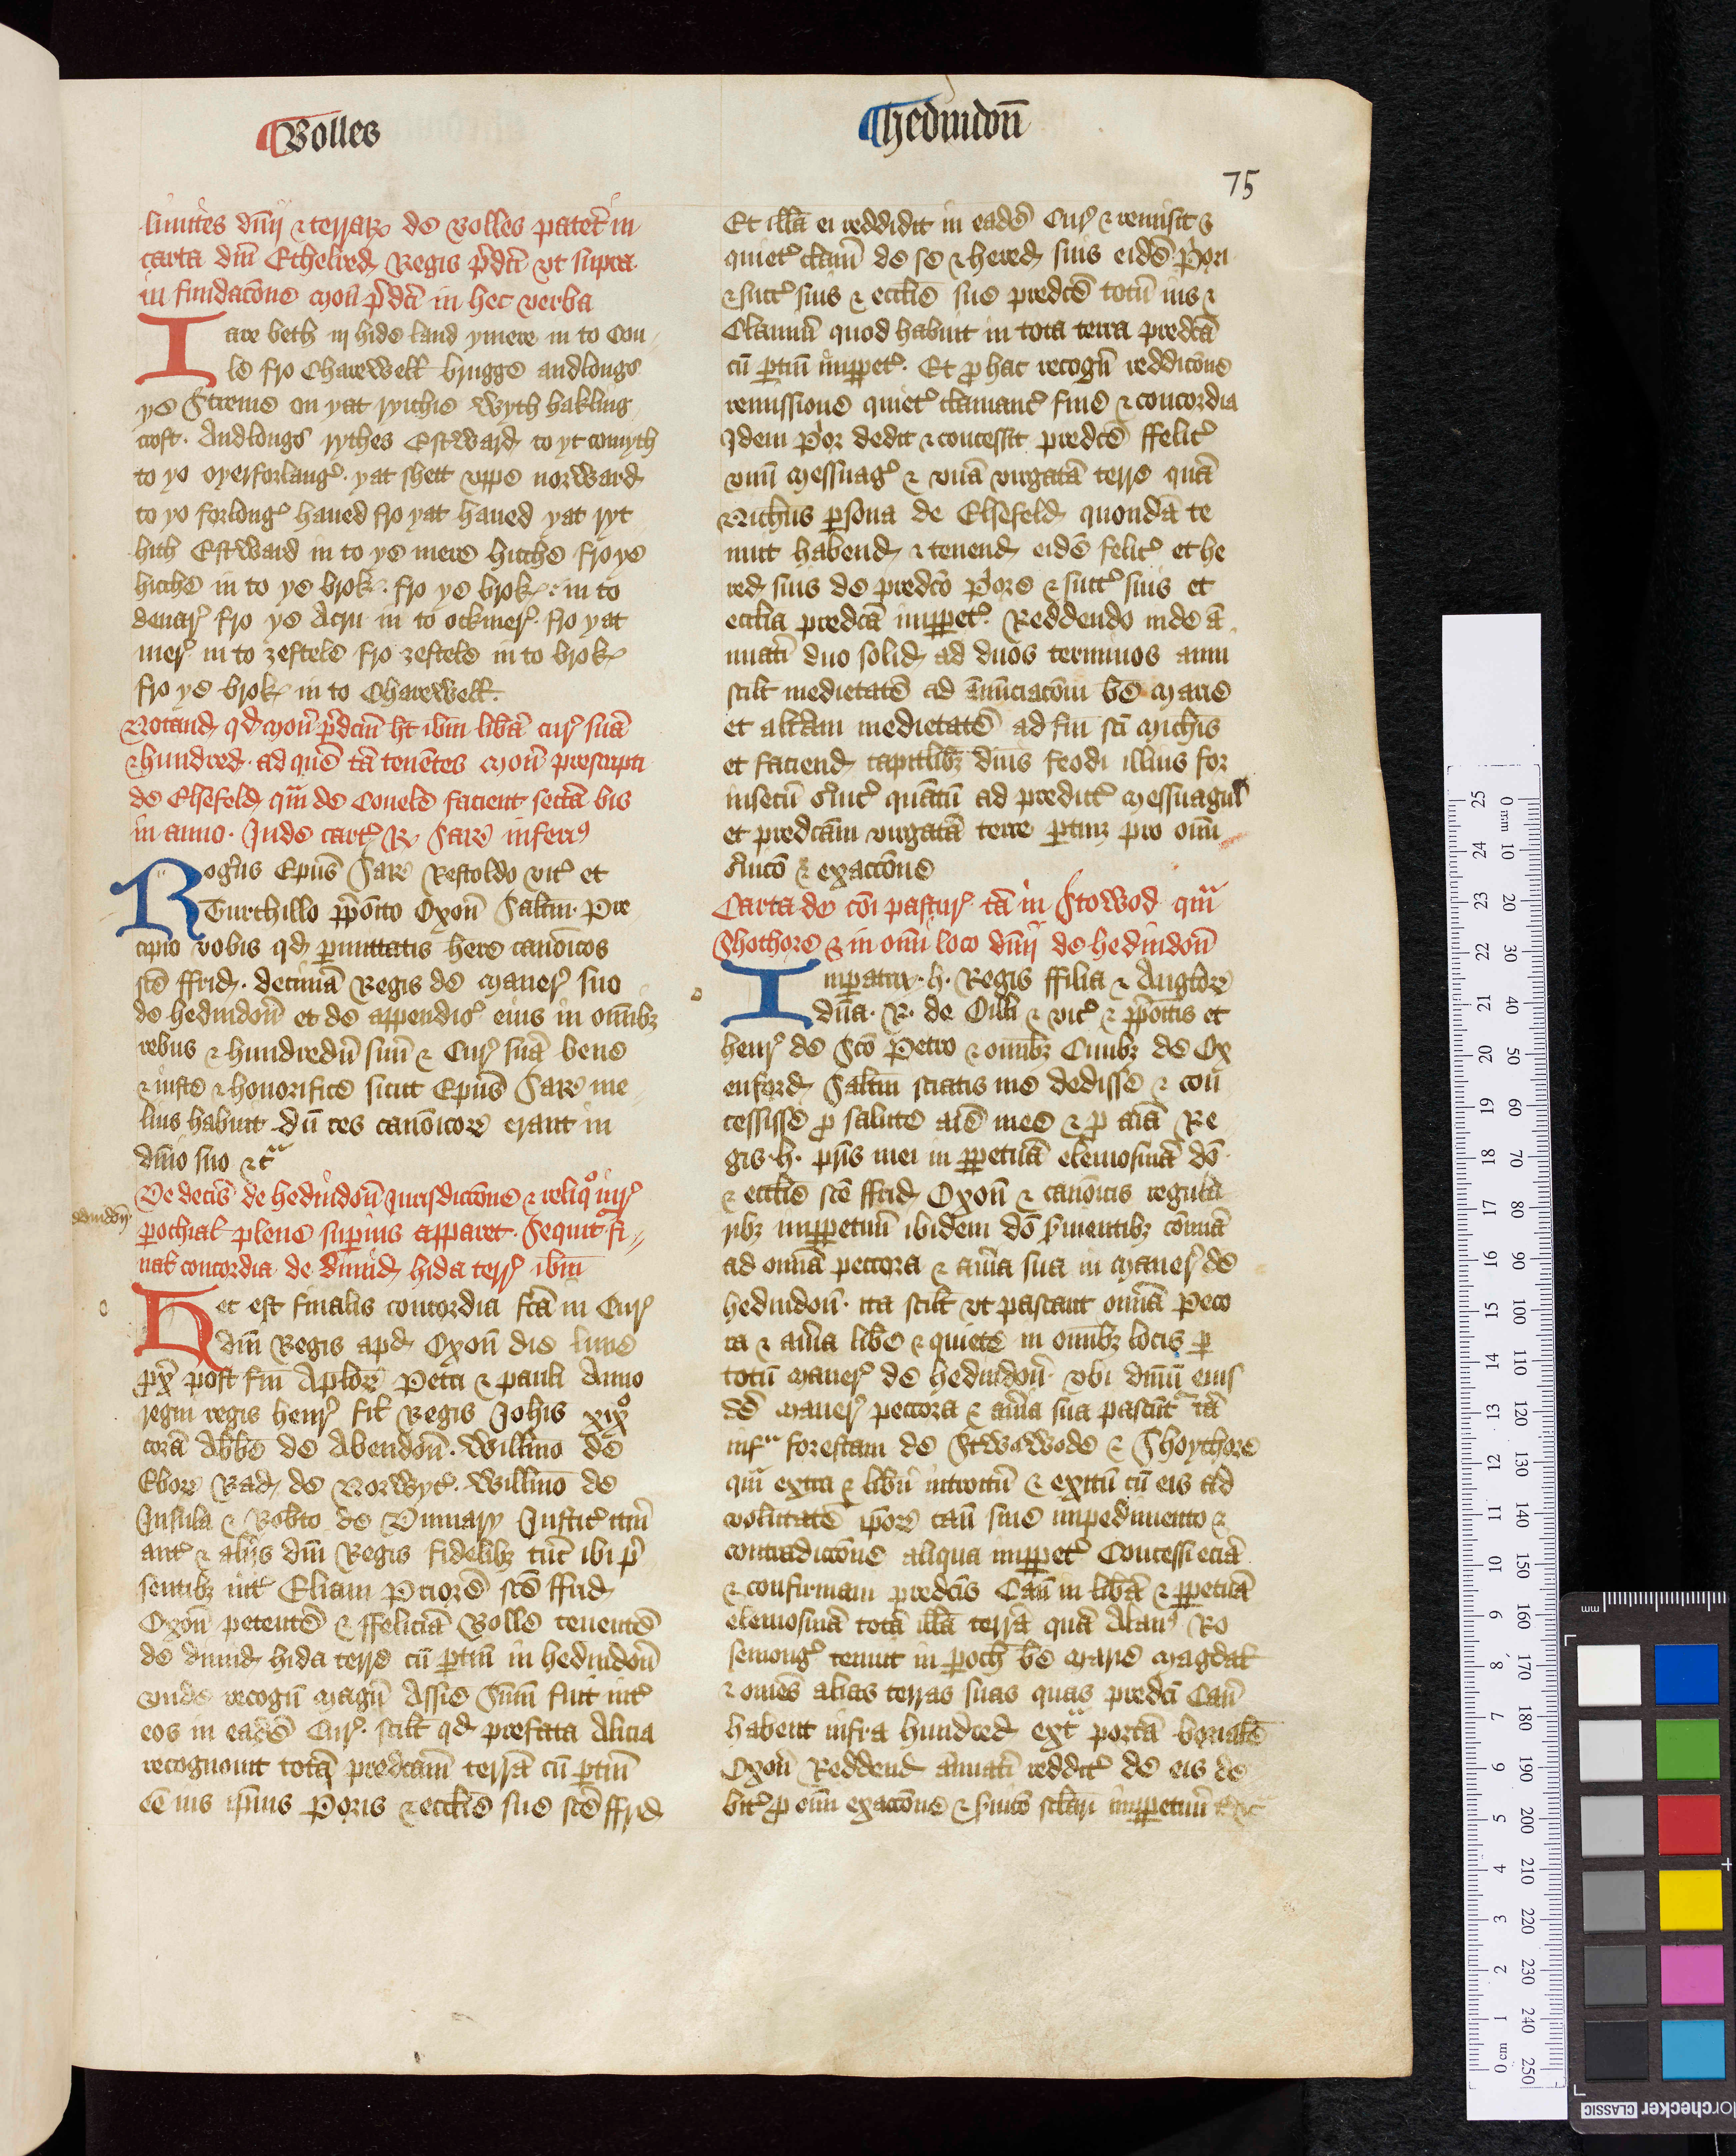
Shelfmark: Oxford, Christ Church Archives, D&C VI.1
Century: 14